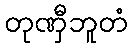
တုဏှီဘူတံ